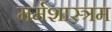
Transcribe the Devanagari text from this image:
मर्मशास्त्रम